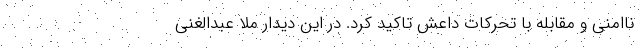
ناامنی و مقابله با تحرکات داعش تاکید کرد. در این دیدار ملا عبدالغنی